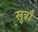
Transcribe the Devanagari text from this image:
सुत्रौं